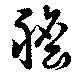
膽